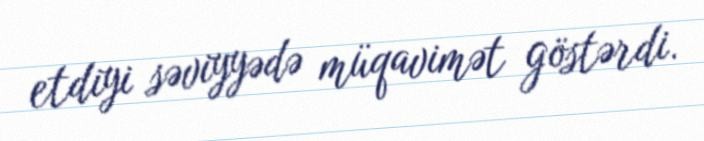
etdiyi səviyyədə müqavimət göstərdi.